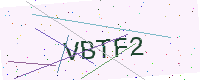
Text: VBTF2